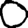
Digit: 0